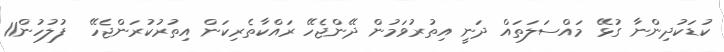
ކުޑަކުދިންނާ ގުޅޭ މައްސަލަތައް ދަނީ އިތުރުވަމުން ދޭންޖެހޭ ރައްކާތެރިކަން އިތުރުކުރަންޖެހޭ  ފުލުހުން11